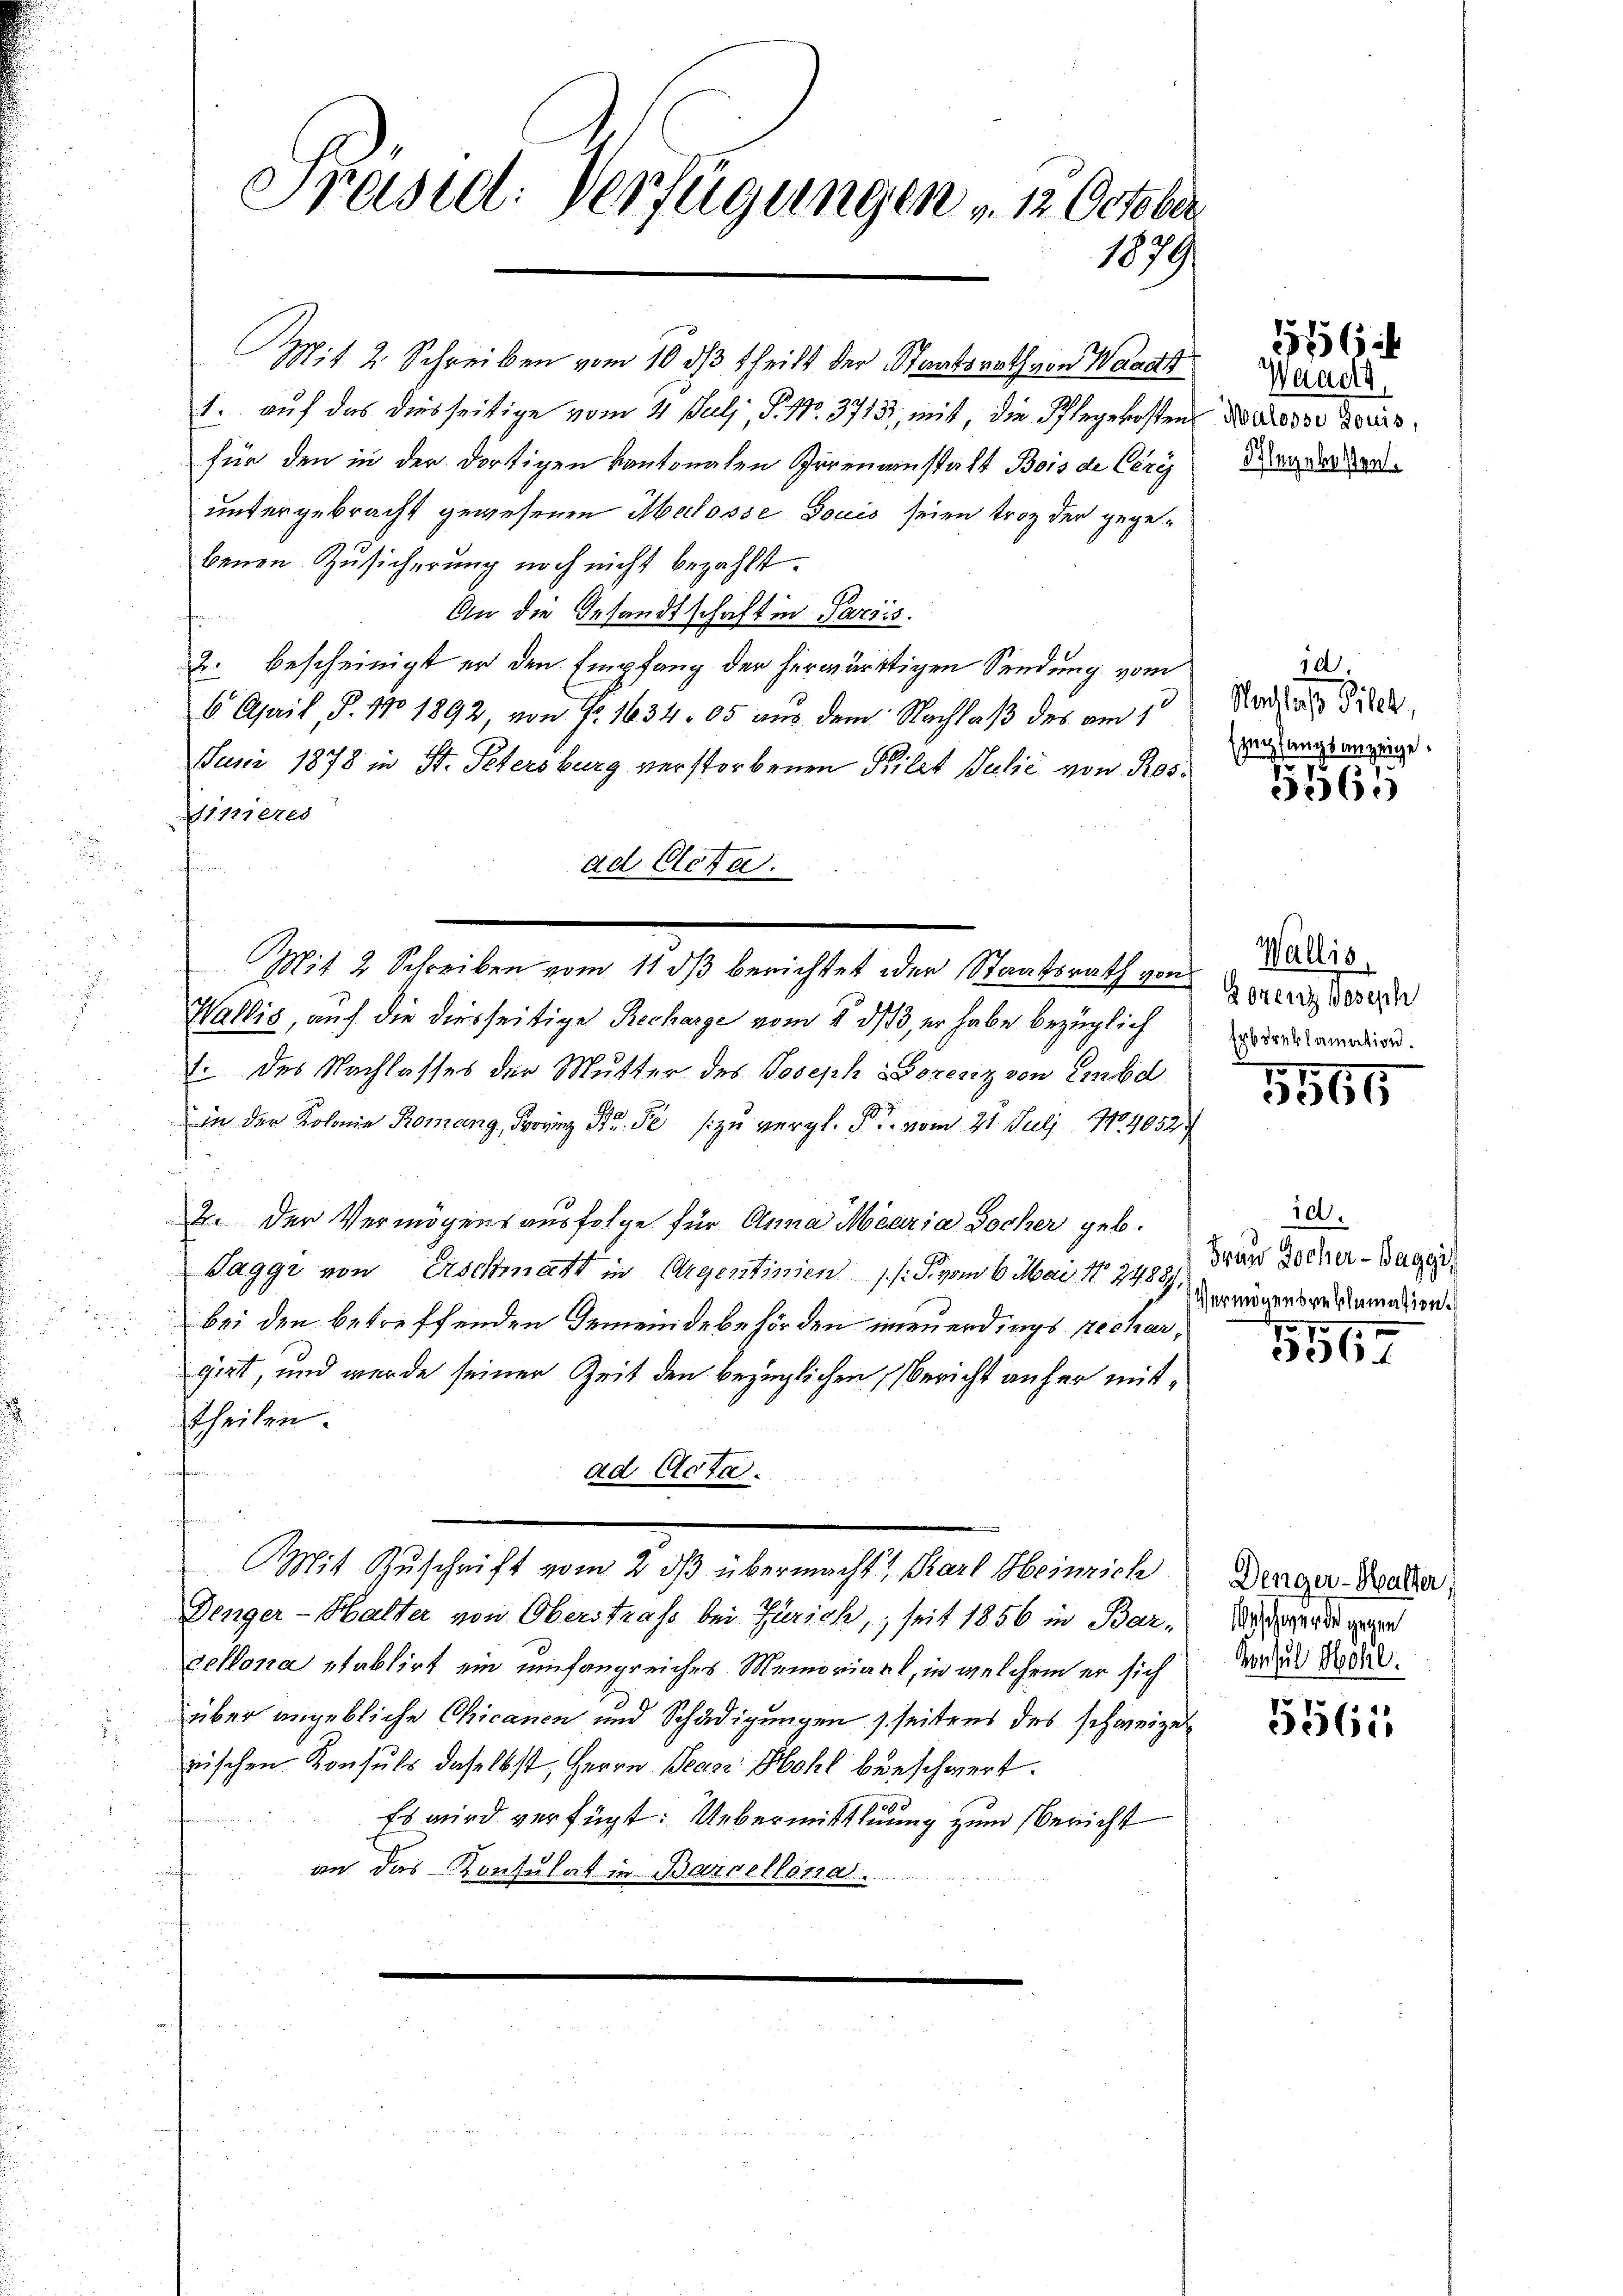
Mit 2 Schreiben vom 10. ds theilt der Staatsrath von Waadt
1. auf das diesseitige vom 4. Juli, S. Nr. 3715, mit, die Pflegekosten
für den in der dortigen kantonalen Irrenanstatt Bois de Ceres
untergebracht gewesenen Malosse Louis seien trotz der gegebenen Zusicherung noch nicht bezahlt.
An die Gesandtschaft in Pariss.
f
2. bescheinigt er den Empfang der herwärtigen Sendung vom
6 April, P. 11 1892, von Fr. 1634 05 aus dem Nachlaß des am 1
Juni 1878 in St. Petersburg verstorbenen Filet Julić von Rosdinieres
hon in
ad Clcta.
Mit 2 Schreiben vom 11 dβ berichtet oder Staatsrath von
Wallis, auf die diesseitige Recharge vom § 313, er habe bezüglich
E des Nachlasses der Mutter des Joseph Lorenz von Embd
in der Kolonie Romang, Frovinz Fr. Se zu vergl. F. vom 21. Juli No. 4052
2. Der Vermögensausfolge für Anna Maria Bocher geb.
Tagge von Erschmatt in Argentinien (s. S. vom 6. Mai 1844 verzigensgesammen.
bei den betreffenden Gemeindebehörden neuerdings rechargirt, und wurde seiner Zeit den bezüglichen Bericht anher mittheilen.
ad Acta.
Mit Zuschrift vom 2. dβ übermacht Karl Heinrich
Denger-Halter von Oberstrafs bei Zürich, seit 1856 in Barvellona etablirt ein umfangreiches Memoriart, in welchem er sich
über angebliche Chicanen und Schädigungen seitens des schweizer
rischen Konsuls daselbst, Herrn Jean Bohl beschwert.
Es wird verfügt: Uebermittlung zum Bericht
an das Konsulat in Barcellaria.

Präsil. Verfügungen v. u. Gese
1079

Waadt,
Malosse Louis,
Flegekosten.

1256

d
Nachlaß Pilch,
Empfangsanzeige,

5565

Wallis,
Lorenz Joseph
reklamation.

5565

id.
Frau Jocher - Baggi
7

3567

Denger-Halter
Waschwerde gegen
Konsul Sohl.

5561